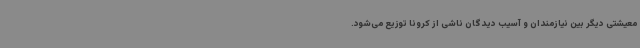
معیشتی دیگر بین نیازمندان و آسیب دیدگان ناشی از کرونا توزیع می‌شود.